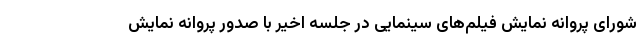
شورای پروانه نمایش فیلم‌های سینمایی در جلسه اخیر با صدور پروانه نمایش